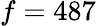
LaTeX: f=487